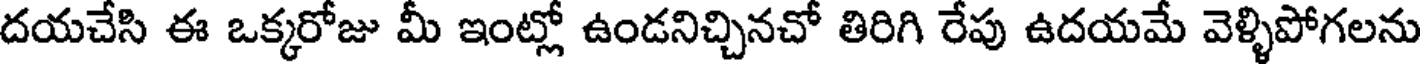
దయచేసి ఈ ఒక్కరోజు మీ ఇంట్లో ఉండనిచ్చినచో తిరిగి రేపు ఉదయమే వెళ్ళిపోగలను